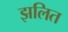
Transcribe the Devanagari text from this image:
झलित